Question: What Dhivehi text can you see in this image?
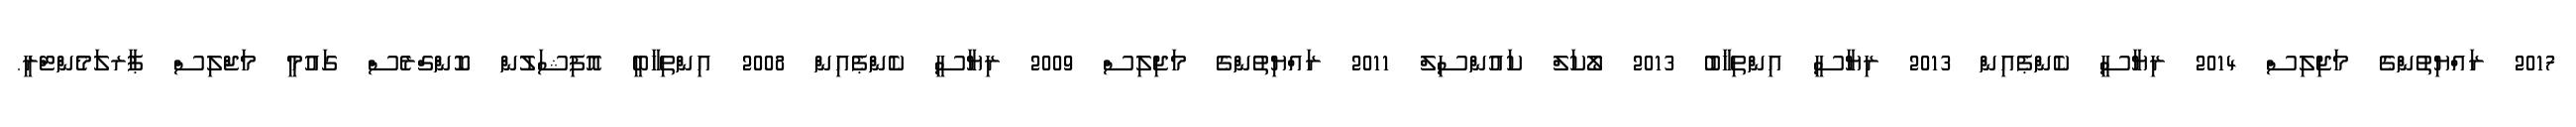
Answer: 2017 ރައްޔިތުންގެ މަޖިލިސް 2014 ރިޔާސީ ކެންޕެއިން 2013 ރިޔާސީ އިންތިޚާބު 2013 ލޯކަލް ކައުންސިލް 2011 ރައްޔިތުންގެ މަޖިލިސް 2009 ރިޔާސީ ކެންޕެއިން 2008 އިންތިހާބީ އޮފިޝަލުން ކޮންގްރެސް ގައުމީ މަޖްލިސް ޕާރލަމެންޓްރީ.